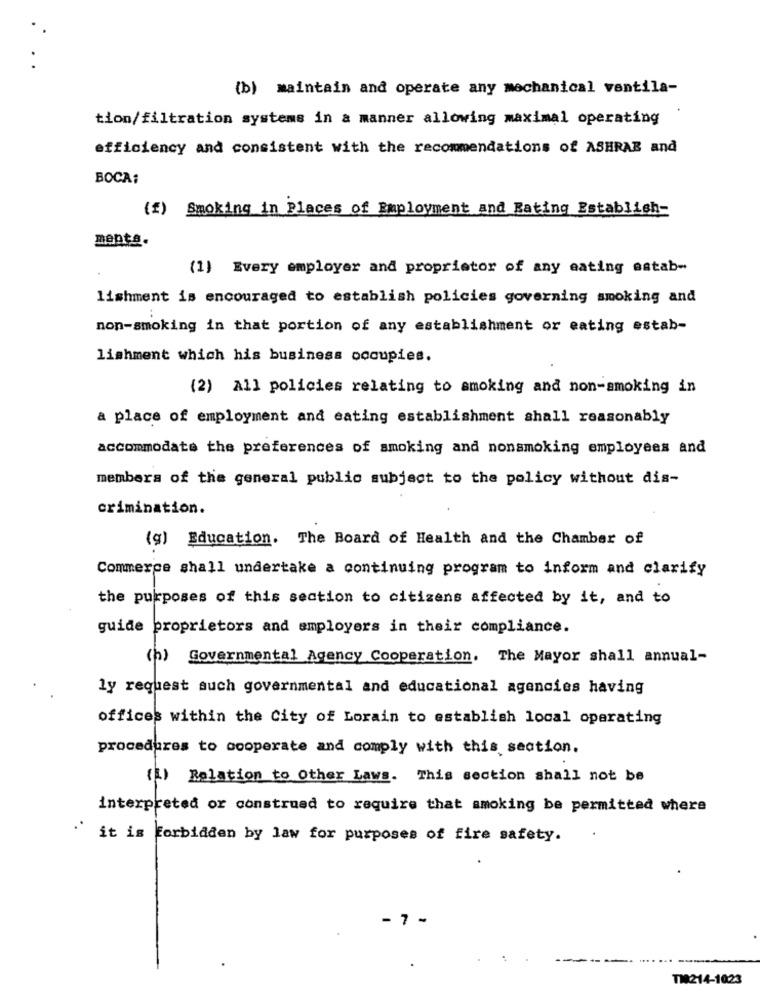
..
(b) maintain and operate any mechanical ventila-
tion/filtration systems in a manner allowing maximal operating
efficiency and consistent with the recommendations of ASHRAE and
BOCA:
(f) Smoking in Places of Employment and Eating Establish-
ments.
(1) Every employer and proprietor of any eating astab-
lishment is encouraged to establish policies governing smoking and
non-smoking in that portion of any establishment or eating estab-
lishment which his business occupies.
(2) All policies relating to smoking and non-smoking in
a place of employment and eating establishment shall reasonably
accommodate the preferences of smoking and nonsmoking employees and
members of the general public subject to the policy without dis-
crimination.
(g) Education. The Board of Health and the Chamber of
Commerce shall undertake a continuing program to inform and clarify
the purposes of this section to citizens affected by it, and to
guide proprietors and employers in their compliance.
(h) Governmental Agency Cooperation. The Mayor shall annual-
ly request such governmental and educational agencies having
offices within the City of Lorain to establish local operating
procedures to cooperate and comply with this section.
(1) Relation to Other Laws. This section shall not be
interpreted or construed to require that smoking be permitted where
..
it is forbidden by law for purposes of fire safety.
- 7 -
TI0214-1023